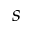
s